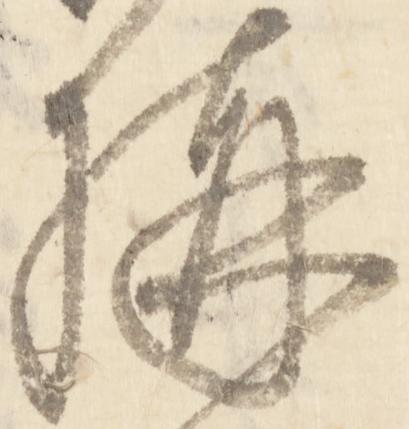
構